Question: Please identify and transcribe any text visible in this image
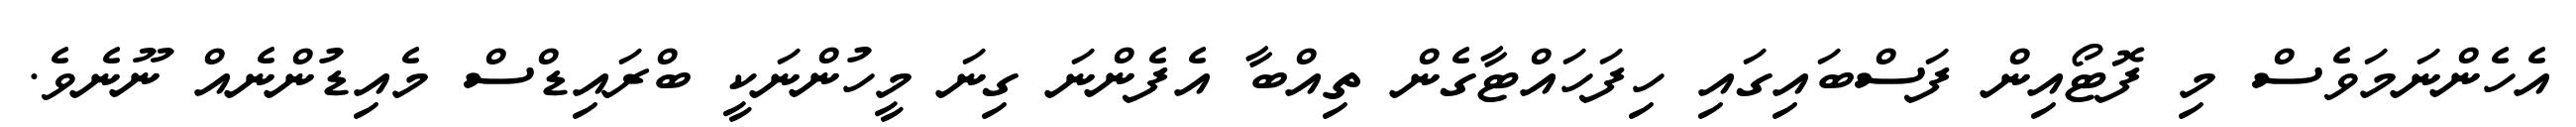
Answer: އެހެންނަމަވެސް މި ފޮޓޯއިން ފަސްބައިގައި ހިފަހައްޓާގެން ތިއްބާ އެފެންނަ ގިނަ މީހުންނަކީ ބްރައިޑްސް މެއިޑުންނެއް ނޫނެވެ.